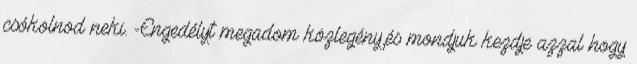
csókolnod neki. -Engedélyt megadom közlegény,és mondjuk kezdje azzal hogy